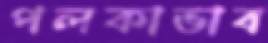
পলকাভাব